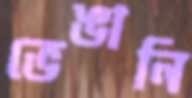
ভেঙানি